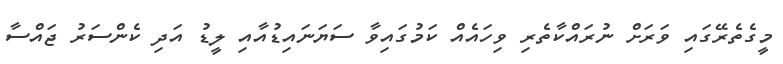
މީގެތެރޭގައި ވަރަށް ނުރައްކާތެރި ވިހައެއް ކަމުގައިވާ ސަޔަނައިޑުއާއި ލީޑު އަދި ކެންސަރު ޖައްސާ